Annual returns of the Patna Lunatic Asylum at Bankipore in Bihar and Orissa - 1912-1924
Year: 1912
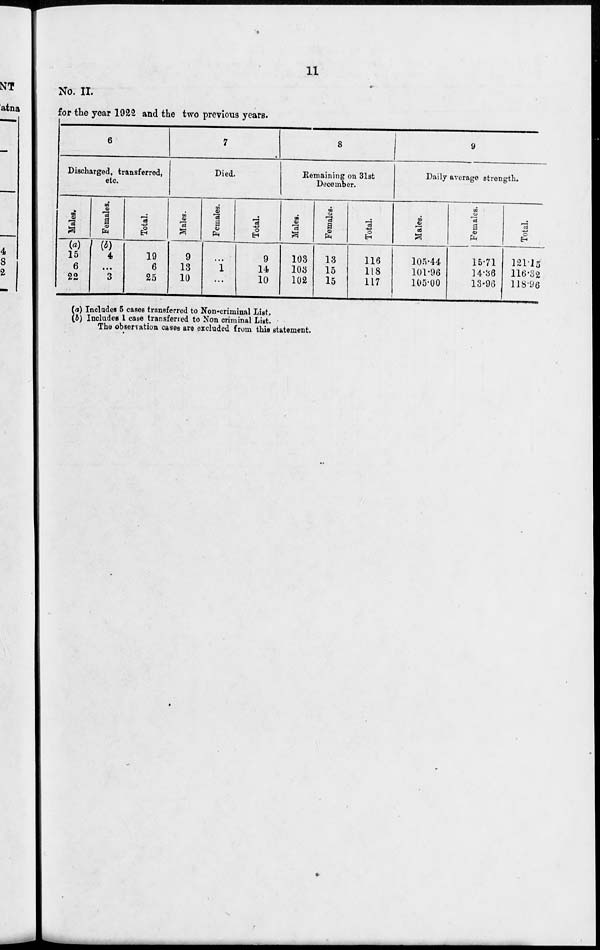
11
No. II.
for the year 1922 and the two previous years.
6
Discharged, transferred,
etc.
Males.
(a)
15
6
22
Females.
(b)
4
...
3
Total.
19
6
25
7
Died.
Males.
9
13
10
Females.
...
1
...
Total.
9
14
10
8
Remaining on 31st
December.
Males.
103
103
102
Females.
13
15
15
Total.
116
118
117
9
Daily average strength.
Males.
105.44
101.96
105.00
Females.
15.71
14.36
13.96
Total.
121.15
116.32
118.96
(a) Includes 5 cases transferred to Non-criminal List.
(b) Includes 1 case transferred to Non-criminal List.
The observation cases are excluded from this statement.